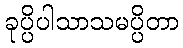
ခုပ္ပိပါသာသမပ္ပိတာ